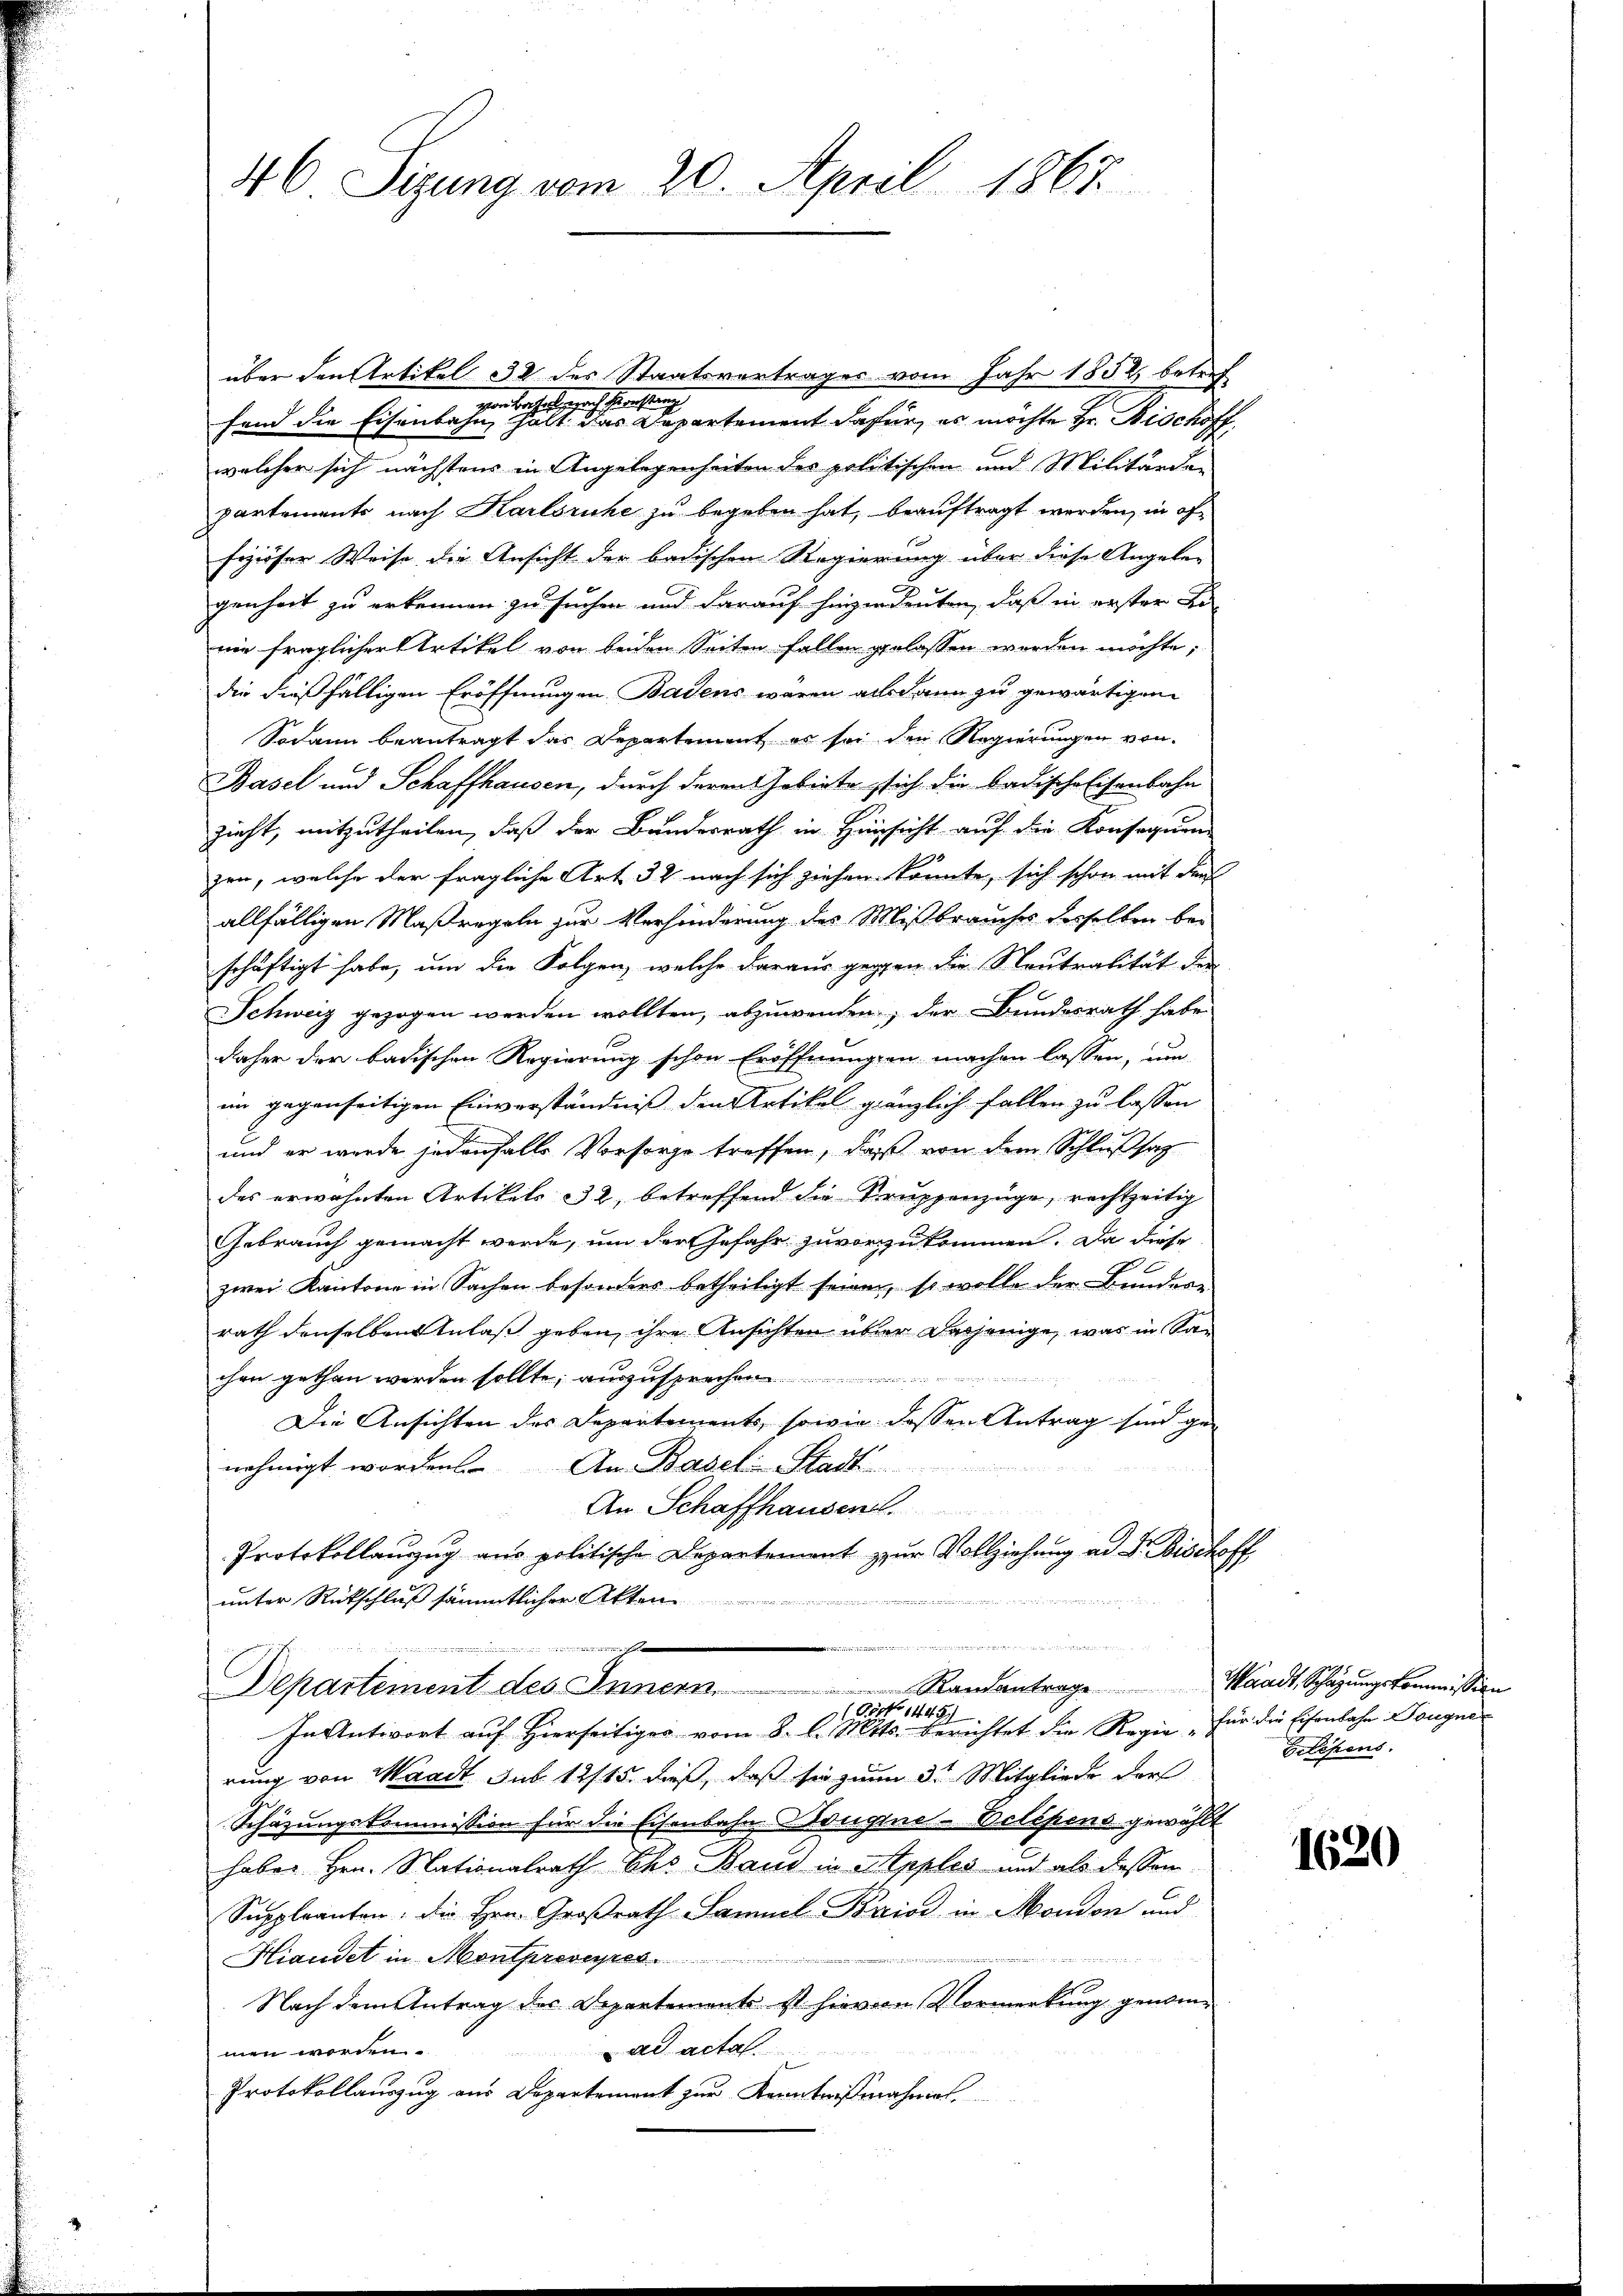
46 Sizung vom 20. April 1867.

über den Artikel 338 des Staatsvertrages vom Jahr 1852 betref
vor Beschaftspracht gewaltung
fend die Eisenbahn hält das Departement dafür, es möchte Hr. Bischoff
welcher sich nächstens in Angelegenheiten des politischen und Militärde-
partements nach Karlsruhe zu begeben hat, beauftragt werden, in of¬
Fiziöser Weise die Ansicht der badischen Regierung über diese Angelen
genheit zu erkennen zu suchen und darauf hinzudeuten, daß in erster Er-
nie fraglicher Artikel von beiden Seiten fallen gelassen werden möchte;
die dießfälligen Eröffnungen Badens wären alsdann zu gewärtigen
Sodann beantragt das Departement es sei den Regierungen von
Basel und Schaffhausen, durch deren Gebiete sich die badische Eisenbahn
zucht, mitzutheilen, daß der Bundesrath in Hinsicht auf die Konsequen-
zen, welche der fragliche Art 32 nach sich ziehen konnte, sich schon mit den
allfälligen Maßregeln zur Verhinderung des Mißbrauches derselben beschäftigt habe, um die Folgen, welche daraus gegen die Neutralität der
Schweiz gezogen werden wollten, abzuwenden, der Bundesrath habe
daher der badischen Regierung schon Eröffnungen machen lassen, um
im gegenseitigen Einverständniß den Artikel gänzlich fallen zu lassen
und er werde jedenfalls Vorsorge treffen, daß von dem Schlußsat
des erwähnten Artikels 32, betreffend die Truppenzüge, rechtzeitig
Gebrauch gemacht werde, um der Gefahr zuvorzukommen. Da diese
zwei Kantone in Sachen besonders betheiligt seien, so wolle der Bundern
rath denselben Anlaß geben, ihre Ansichten über dasjenige, was in Sachen gethan werden sollte, auszus
Die Ansichten des Departements, sowie dessen Antrag sind ge-
nehmigt worden. An Basel-Stadt
An Schaffhausen.
Protokollanzug aus politische Departement zur Vollziehung ad F. Bischoff
unter Rückschluß sämmtlicher Akten

rahenden
s
Departement des Innern Randantrage Waadt, Schäzŭngskommission
Pöck 1445.
In Antwort auf Hierseitiges vom 8. d. Mts. berichtet die Regie „für die Eisenbahn Dougne
rung von Waadt sub 12/15. dieß, daß sie zum 3. Mitgliede der
Schazungskommission für die Eisenbahn Konglne-Belehens gewählt
haben Hrn. Nationalrath Chs Band in Apples und als dessen
Suppleanten. Die Hrn. Großrath Sammel-Briod in Mondon und
Hiandet in Montpresepres
Nach dem Antrag des Departements ist hievon Vormerkung genommen worden. ad actat
Protokollauszug aus Departement zur Kenntnißnahmes

Belehens.

1620